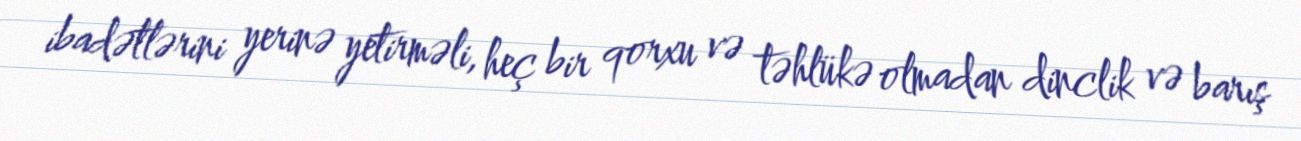
ibadətlərini yerinə yetirməli, heç bir qorxu və təhlükə olmadan dinclik və barış